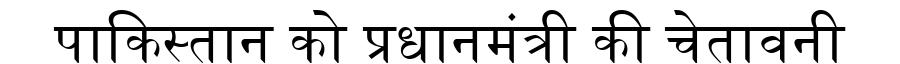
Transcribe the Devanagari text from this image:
पाकिस्तान को प्रधानमंत्री की चेतावनी